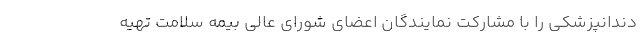
دندانپزشکی را با مشارکت نمایندگان اعضای شورای عالی بیمه سلامت تهیه